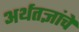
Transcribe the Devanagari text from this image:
अर्थतज्ञांचे